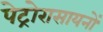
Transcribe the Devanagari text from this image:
पेट्रोरासायनों